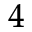
^ 4